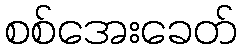
စစ်အေးခေတ်